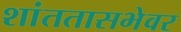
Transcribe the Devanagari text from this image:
शांततासभेवर